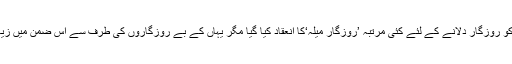
اس کے علاوہ ضلع میں بے روزگاروں کو روزگار دلانے کے لئے کئی مرتبہ ’روزگار میلہ‘کا انعقاد کیا گیا مگر یہاں کے بے روزگاروں کی طرف سے اس ضمن میں زیادہ تعاون اور دلچسپی کا مظاہرہ نہیں ہوا۔